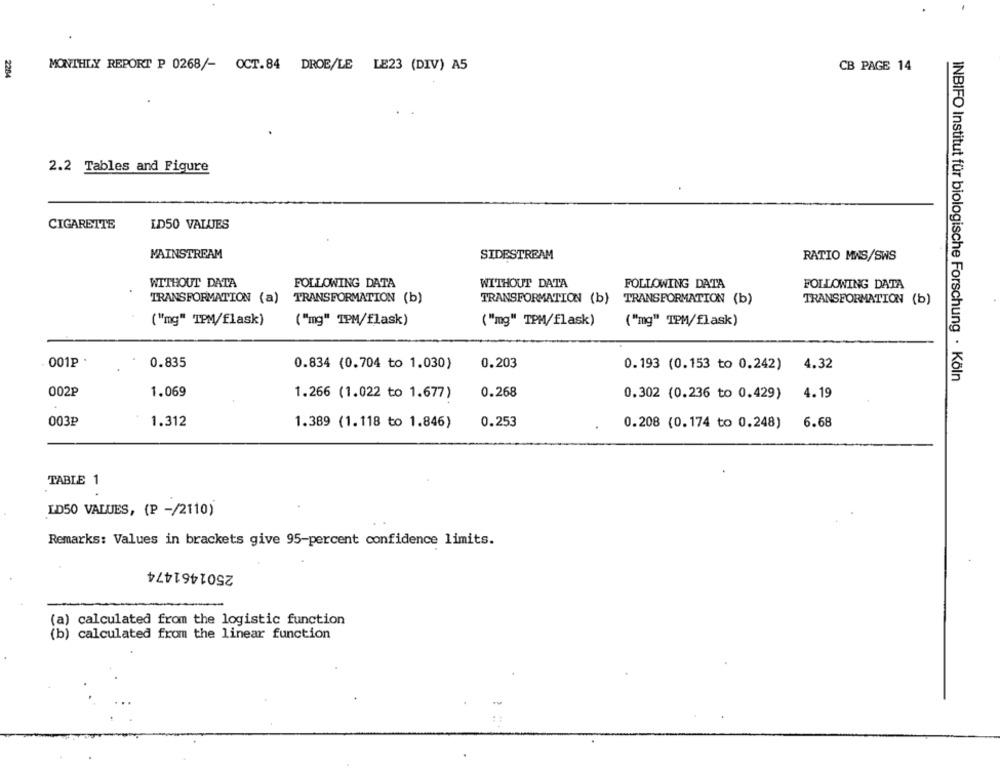
MONTHLY REPORT P 0268/- OCT.84 DROE/LE LE23 (DIV) A5
CB PAGE 14
2284
2.2 Tables and Figure
CIGARETTE
LD50 VALUES
MAINSTREAM
SIDESTREAM
RATIO MAS/SWS
WITHOUT DATA
FOLLOWING DATA
WITHOUT DATA
FOLLOWING DATA
FOLLOWING DATA
TRANSFORMATION (a) TRANSFORMATION (b)
TRANSFORMATION (b)
TRANSFORMATION (b)
TRANSFORMATION (b)
("mg" TPM/flask)
("mg" TPM/flask)
("mg" TPM/flask)
("mg" TPM/flask)
001P .
0.835
0.203
0.834 (0.704 to 1.030)
0.193 (0.153 to 0.242)
4.32
INBIFO Institut für biologische Forschung · Köln
002₽
1.069
1.266 (1.022 to 1.677)
0.268
0.302 (0.236 to 0.429)
4.19
003₽
1.312
1.389 (1.118 to 1.846)
0.253
0.208 (0.174 to 0.248)
6.68
TABLE 1
LD50 VALUES, (P -/2110)
Remarks: Values in brackets give 95-percent confidence limits.
2501461474
(a) calculated from the logistic function
(b) calculated from the linear function